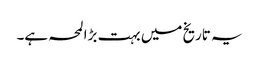
یہ تاریخ میں بہت بڑا لمحہ ہے۔